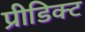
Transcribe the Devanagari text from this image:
प्रीडिक्ट